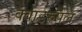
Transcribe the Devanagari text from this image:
क्वाडरुपल